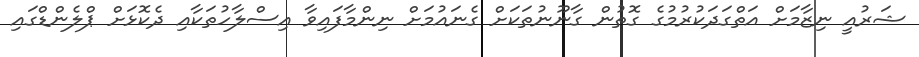
ޝަރުއީ ނިޒާމަށް އަތްގަދަކުރުމުގެ ގޮތުން ގާނޫނުތަކަށް ގެނައުމަށް ނިންމާފައިވާ އިސްލާހުތަކާއި ދެކޮޅަށް ޕްލެންޑްގައި